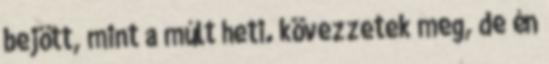
bejött, mint a múlt heti. kövezzetek meg, de én